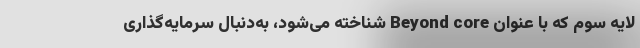
لایه سوم که با عنوان Beyond core شناخته می‌شود، به‌دنبال سرمایه‌گذاری